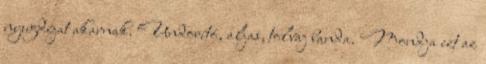
nyugdíjat akarnak. Undorító, aljas, tolvaj banda. Mondja ezt az